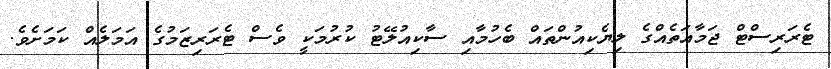
ޓެރަރިސްޓް ޖަމާއަތެއްގެ ލިޔެކިއުންތައް ބެހުމާއި ސާކިއުލޭޓު ކުރުމަކީ ވެސް ޓެރަރިޒަމުގެ އަމަލެއް ކަމަށެވެ.